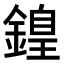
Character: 𨪽